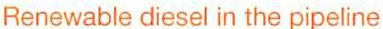
Renewable diesel in the pipeline